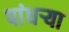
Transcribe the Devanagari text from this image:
पांधर्‍या